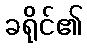
ခရိုင်၏